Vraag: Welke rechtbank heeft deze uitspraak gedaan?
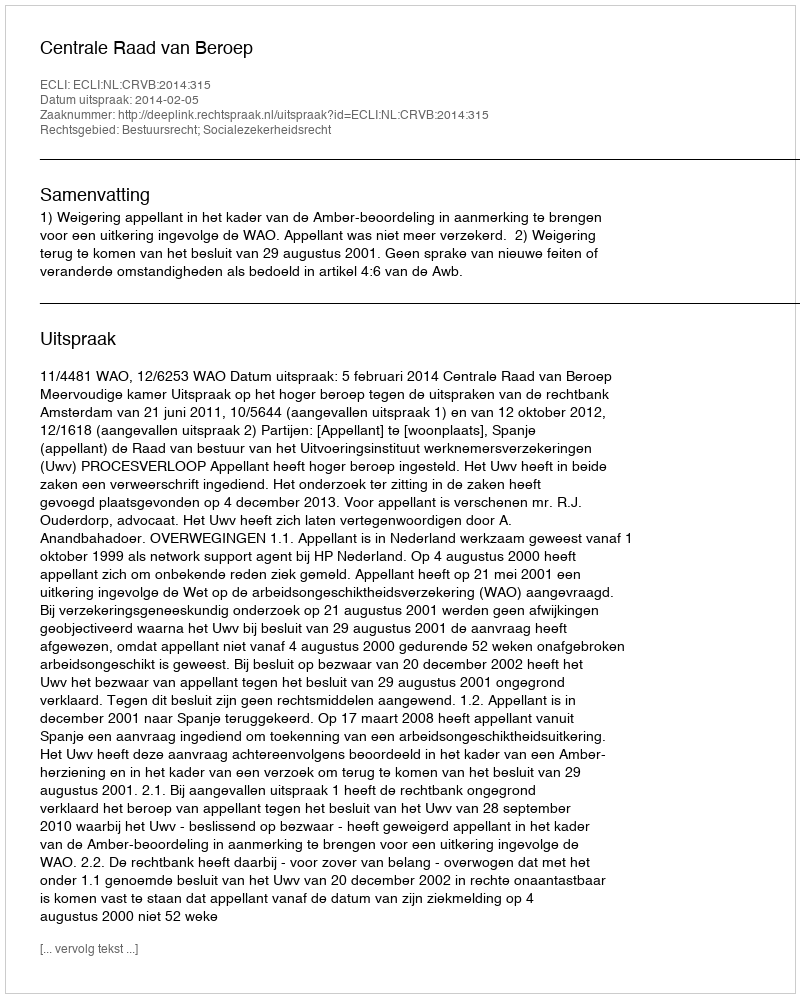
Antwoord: Centrale Raad van Beroep